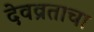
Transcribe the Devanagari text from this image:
देवव्रताचा